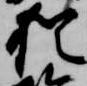
猶